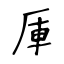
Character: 厙